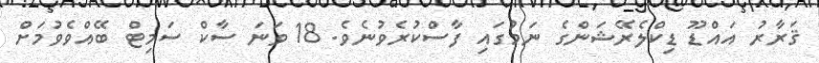
ޤަރާރު އައްޑޫ ޑިކްލެރޭޝަންގެ ނަމުގައި ފާސްކުރެވުނެވެ. 18 ވަނަ ސާކް ސަމިޓް ބޭއްވެވުމަށް